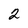
Character: 2